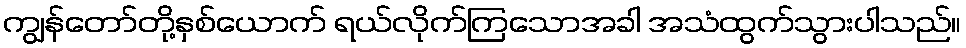
ကျွန်တော်တို့နှစ်ယောက် ရယ်လိုက်ကြသောအခါ အသံထွက်သွားပါသည်။